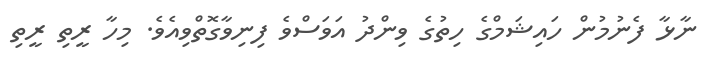
ނާޅާ ފެނުމުން ހައިޝަމްގެ ހިތުގެ ވިންދު އަވަސްވެ ފިނިވާގޮތްވިއެވެ. މިހާ ރީތި ރީތި